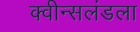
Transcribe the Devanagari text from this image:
क्वीन्सलंडला